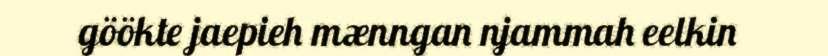
göökte jaepieh mænngan njammah eelkin